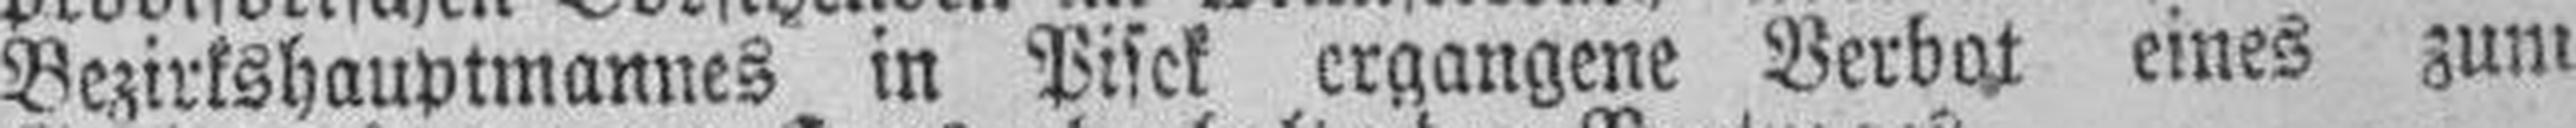
Bezirkshauptmannes in Pisek ergangene Verbot eines zum